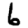
Digit: 6